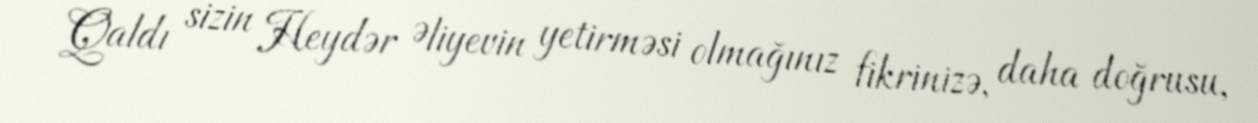
Qaldı sizin Heydər Əliyevin yetirməsi olmağınız fikrinizə, daha doğrusu,